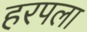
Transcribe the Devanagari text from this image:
हरपला